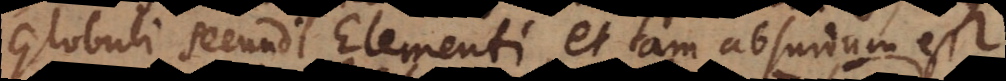
Globuli secundi Elementi, et tam absurdum e